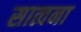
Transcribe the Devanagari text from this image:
सात्वना